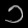
Digit: ၁